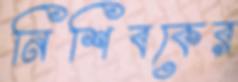
নিশিবকের